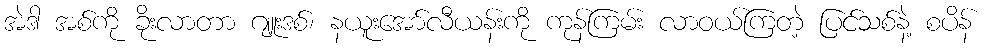
အဲဒါ အစ်ကို ခိုးလာတာ ဂျူးဒစ်၊ နယူးအော်လီယန်းကို ကုန်ကြမ်း လာဝယ်ကြတဲ့ ပြင်သစ်နဲ့ စပိန်